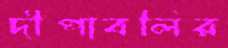
দীপাবলির